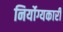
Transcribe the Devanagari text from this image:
निर्योग्यकारी